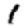
Digit: 1